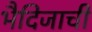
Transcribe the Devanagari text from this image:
भैदिजाची